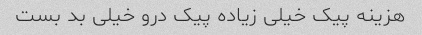
هزینه پیک خیلی زیاده پیک درو خیلی بد بست